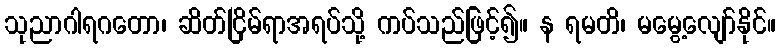
သုညာဂါရဂတော၊ ဆိတ်ငြိမ်ရာအရပ်သို့ ကပ်သည်ဖြင့်၍။ န ရမတိ၊ မမွေ့လျော်နိုင်။